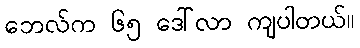
ဘေလ်က ၆၅ ဒေါ်လာ ကျပါတယ်။